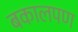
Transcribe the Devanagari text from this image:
बकालपण